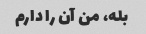
بله، من آن را دارم